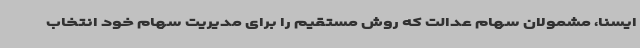
ایسنا، مشمولان سهام عدالت که روش مستقیم را برای مدیریت سهام خود انتخاب